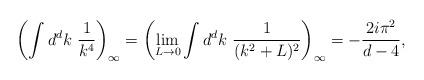
LaTeX: \begin{align*}\left(\int d^{d}k\ \frac{1}{k^{4}}\right)_{\infty} =\left(\lim_{L\to 0} \int d^{d}k\ \frac{1}{(k^{2}+L)^2}\right)_{\infty}= - \frac{2 i \pi^{2}}{d-4},\end{align*}